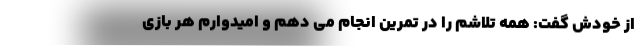
از خودش گفت: همه تلاشم را در تمرین انجام می دهم و امیدوارم هر بازی